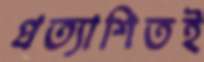
প্রত্যাশিতই